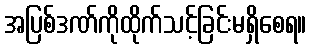
အပြစ်ဒဏ်ကိုထိုက်သင့်ခြင်းမရှိစေရ။